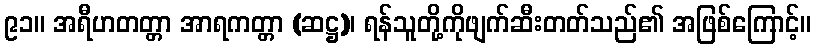
၉၁။ အရီဟတတ္တာ အာရကတ္တာ (ဆဋ္ဌ)၊ ရန်သူတို့ကိုဖျက်ဆီးတတ်သည်၏ အဖြစ်ကြောင့်။